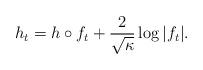
LaTeX: \begin{align*}h_t = h \circ f_t + \frac{2}{\sqrt \kappa}\log |f_t|.\end{align*}